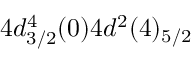
4 d _ { 3 / 2 } ^ { 4 } ( 0 ) 4 d ^ { 2 } ( 4 ) _ { 5 / 2 }